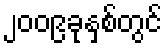
၂၀၀၉ခုနှစ်တွင်